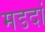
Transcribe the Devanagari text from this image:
मडदां